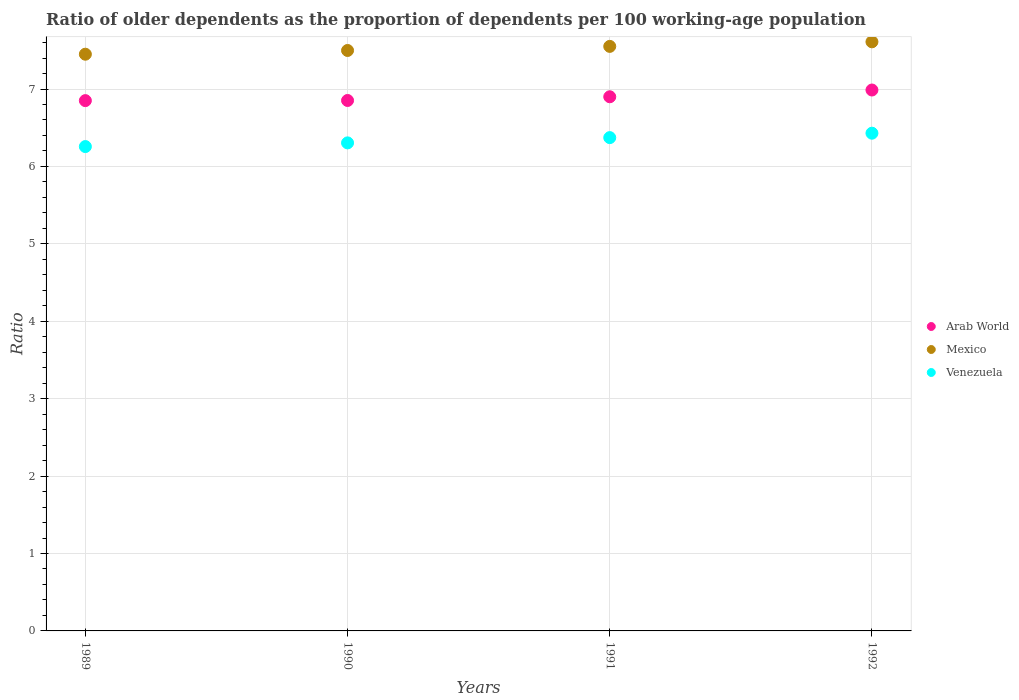
| Years | Arab World | Mexico | Venezuela |
 | --- | --- | --- | --- |
 | 1989 | 6.85 | 7.45 | 6.26 |
 | 1990 | 6.85 | 7.5 | 6.3 |
 | 1991 | 6.9 | 7.55 | 6.37 |
 | 1992 | 6.99 | 7.61 | 6.43 |